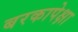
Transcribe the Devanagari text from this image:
बरकापेक्षा